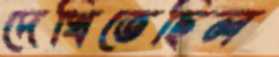
দেখিতেছিল